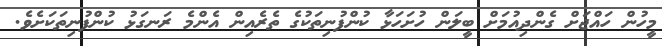
މީހުން ހައްޖަށް ގެންދިއުމަށް ބީލަން ހުށަހަޅާ ކުންފުނިތަކުގެ ތެރެއިން އެންމެ ރަނގަޅު ކުންފުނިތަކަށެވެ.